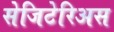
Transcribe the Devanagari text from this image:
सेजिटेरिअस